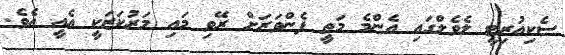
ސެކިއުރިޓީ ލެވެލްގައި އެންމެ މަތީ ފެންވަރަށް ރޭވި މައި މަރުކަޒަކީ އެއީ އެވެ.